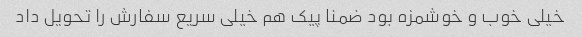
خیلی خوب و خوشمزه بود ضمنا پیک هم خیلی سریع سفارش را تحویل داد